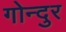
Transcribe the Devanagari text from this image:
गोन्दुर